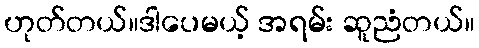
ဟုတ်တယ်။ဒါပေမယ့် အရမ်း ဆူညံတယ်။